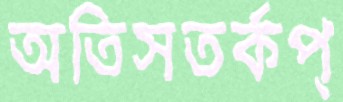
অতিসতর্কপ্